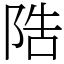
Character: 䧊